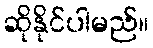
ဆိုနိုင်ပါမည်။